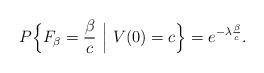
LaTeX: \begin{align*}P\Big\{F_\beta = \frac{\beta}{c}\ \Big|\ V(0)=c\Big\} =e^{-\lambda \frac{\beta}{c}}.\end{align*}